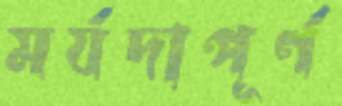
মর্যদাপূর্ণ